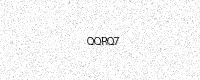
Text: QQRQ7